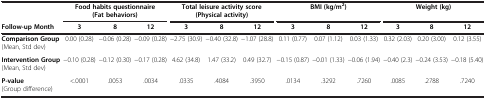
<table><thead><tr><td><b> </b></td><td colspan="3"><b>Food habits questionnaire (Fat behaviors)</b></td><td colspan="3"><b>Total leisure activity score (Physical activity)</b></td><td colspan="3"><b>BMI (kg/m<sup>2</sup>)</b></td><td colspan="3"><b>Weight (kg)</b></td></tr><tr><td><b>Follow-up Month</b></td><td><b>3</b></td><td><b>8</b></td><td><b>12</b></td><td><b>3</b></td><td><b>8</b></td><td><b>12</b></td><td><b>3</b></td><td><b>8</b></td><td><b>12</b></td><td><b>3</b></td><td><b>8</b></td><td><b>12</b></td></tr></thead><tbody><tr><td><b>Comparison Group</b> (Mean, Std dev)</td><td>0.00 (0.28)</td><td>−0.06 (0.28)</td><td>−0.09 (0.28)</td><td>−2.75 (30.9)</td><td>−0.40 (32.8)</td><td>−1.07 (28.8)</td><td>0.11 (0.77)</td><td>0.07 (1.12)</td><td>0.03 (1.33)</td><td>0.32 (2.03)</td><td>0.20 (3.00)</td><td>0.12 (3.55)</td></tr><tr><td><b>Intervention Group</b> (Mean, Std dev)</td><td>−0.10 (0.28)</td><td>−0.12 (0.30)</td><td>−0.17 (0.28)</td><td>4.62 (34.8)</td><td>1.47 (33.2)</td><td>0.49 (32.7)</td><td>−0.15 (0.87)</td><td>−0.01 (1.33)</td><td>−0.06 (1.94)</td><td>−0.40 (2.3)</td><td>−0.24 (3.53)</td><td>−0.18 (5.40)</td></tr><tr><td><b>P-value</b> (Group difference)</td><td>&lt;.0001</td><td>.0053</td><td>.0034</td><td>.0335</td><td>.4084</td><td>.3950</td><td>.0134</td><td>.3292</td><td>.7260</td><td>.0085</td><td>.2788</td><td>.7240</td></tr></tbody></table>